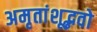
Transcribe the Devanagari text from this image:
अमृतांशूद्भवो